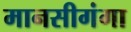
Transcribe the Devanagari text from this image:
मानसीगंगा